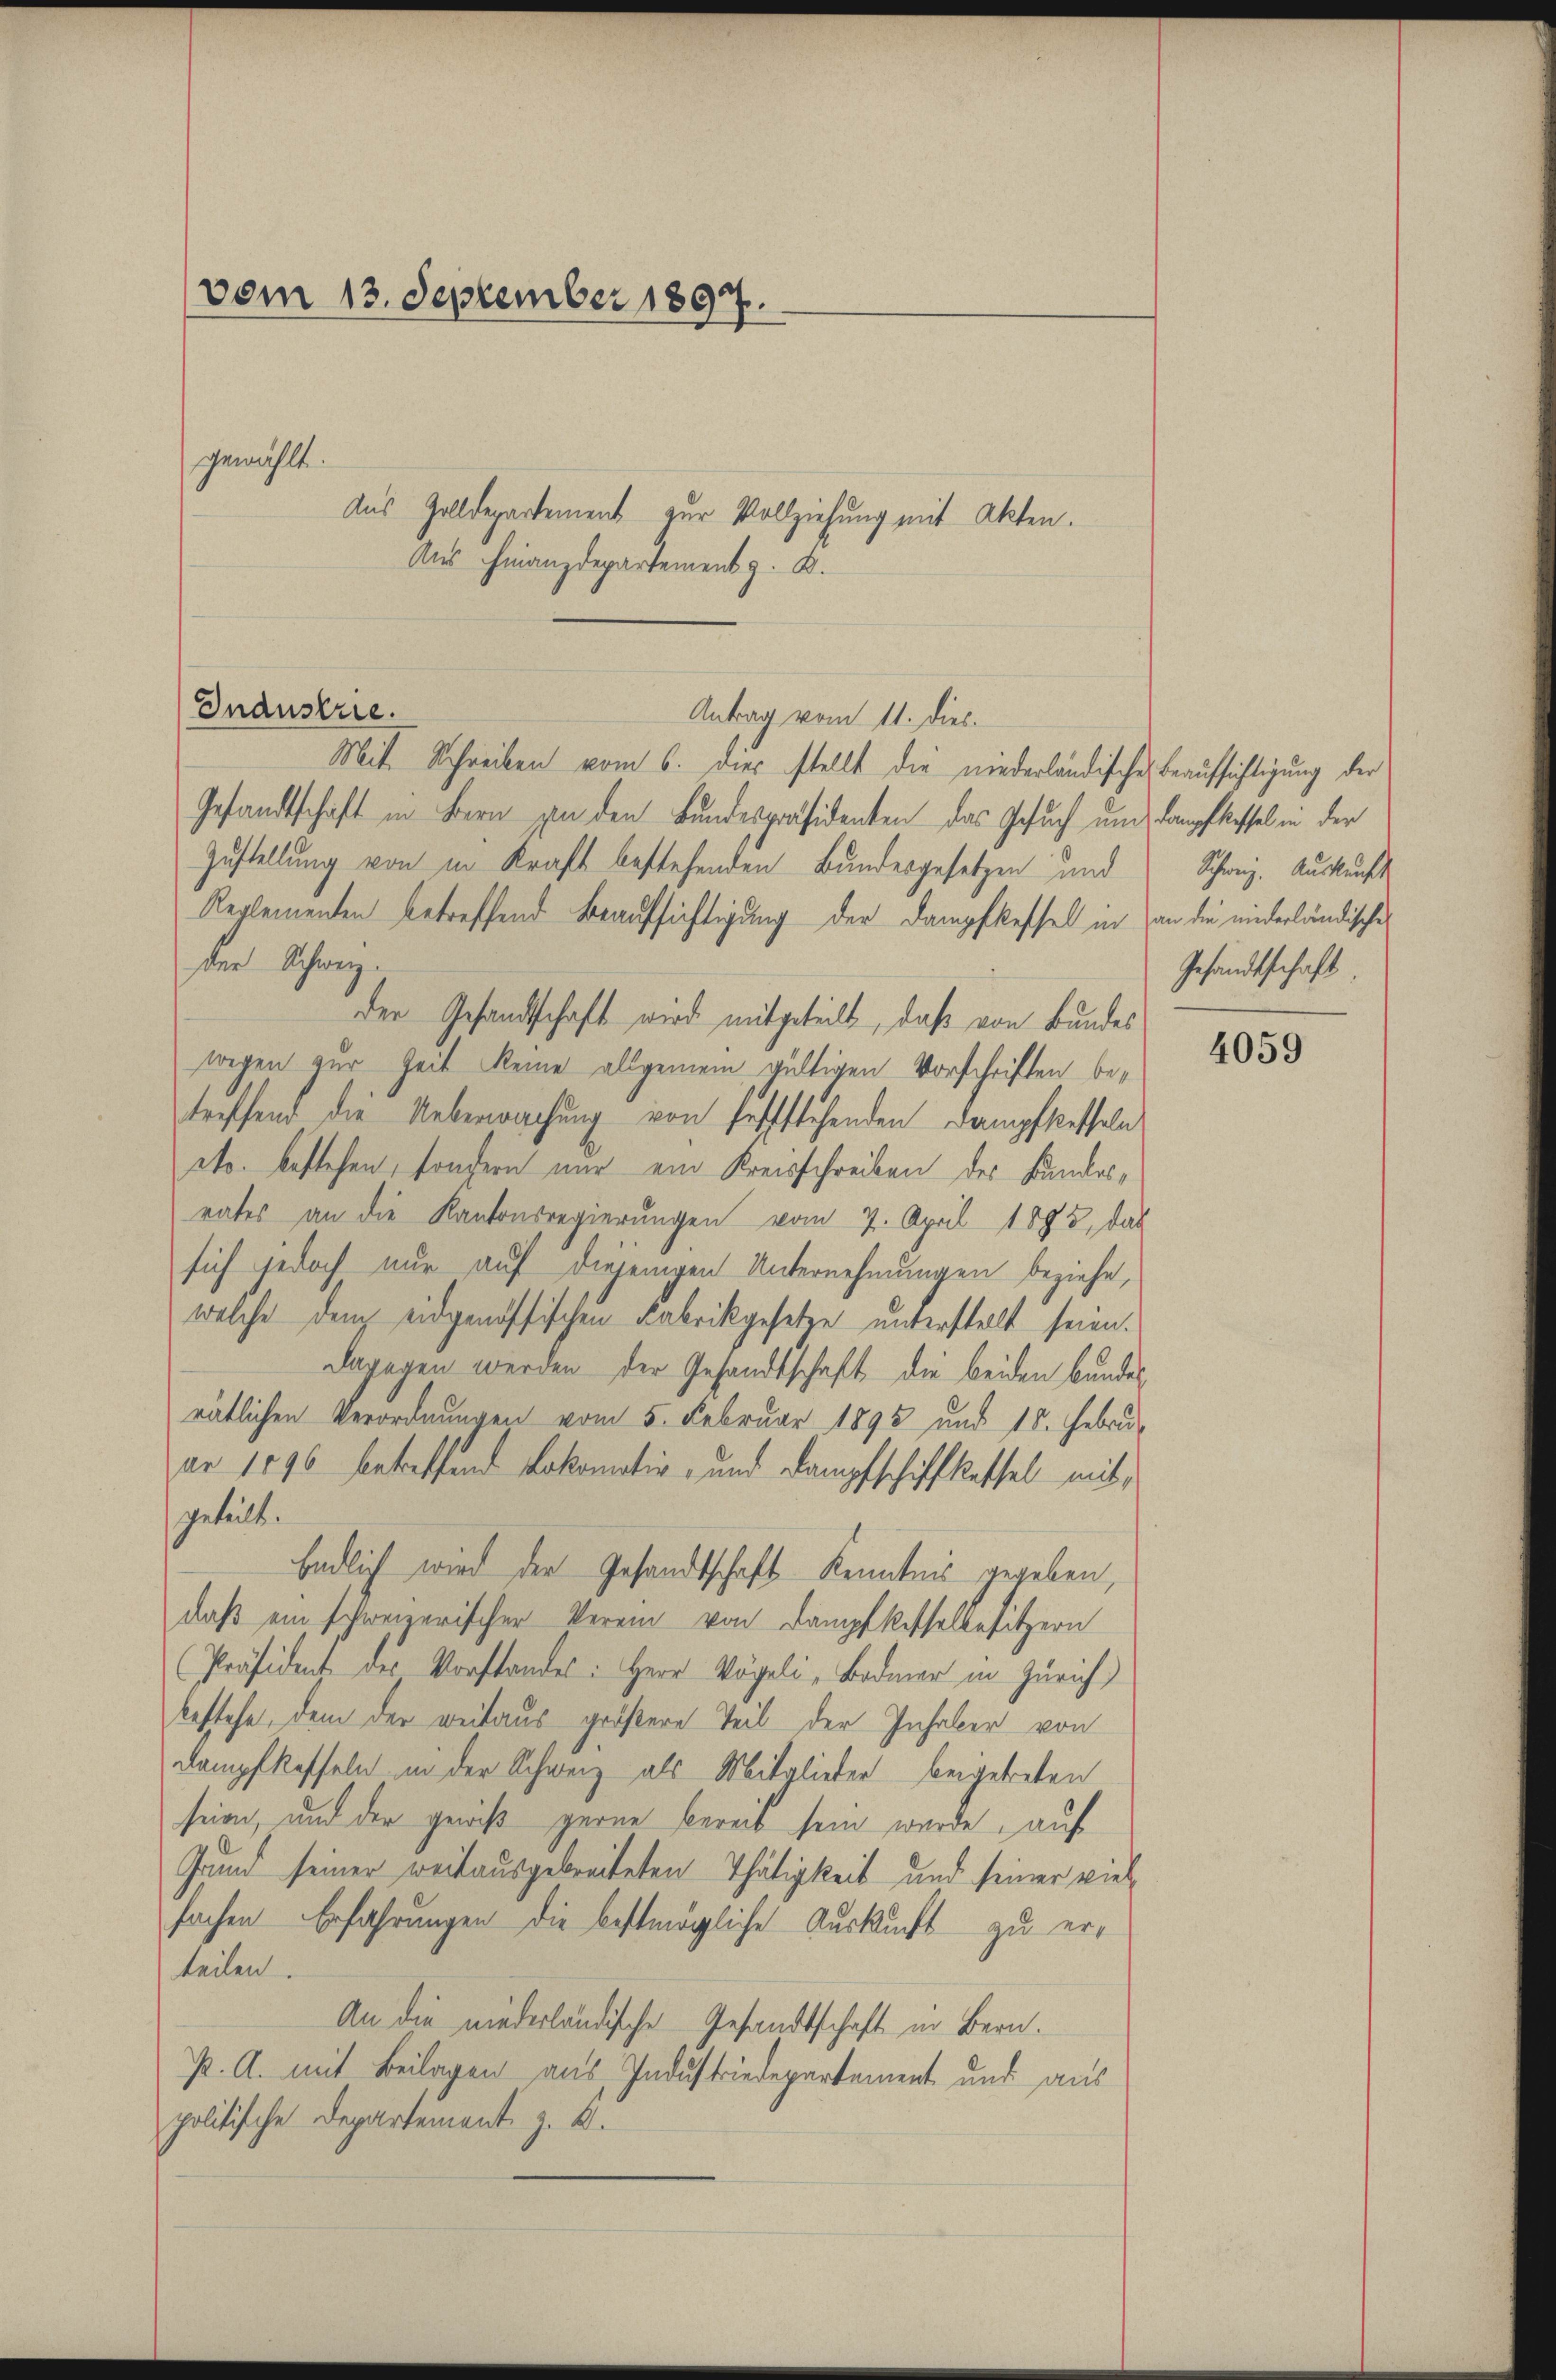
vom 13. September 1897.

gewählt.

Aus Zolldepartement zur Vollziehung mit Akten.
Aus Finanzdepartement z. B.

Gnaustrie.
Antrag vom 11. dies

Mit Schreiben vom 6. dies stellt die niederländischen Beaufsichtigung der
Gesandtschaft in Bern zu den Bundespräsidenten das Gesuch um Dampfkessel in der
Zustellung von in Kraft bestehenden Bundesgesetzen und Schweiz. Auskunft
Reglementen betreffend Beaufsichtigung der Dampfkessel in an die niederländische
der Schweiz.
der Gesandtschaft wird mitgeteilt, daß von Bundes
wegen zur Zeit keine allgemein gültigen Vorschriften betreffend die Ueberwachung von feststehenden Dampfkesseln
cto bestehen, sondern nur ein Kreisschreiben des Landesrates an die Kantonsregierungen vom 7. April 1893, das
sich jedoch nur auf diejenigen Unternehmungen beziehe,
welche dem eidgenössischen Fabrikgesetze unterstellt seien.
dagegen werden der Gesandtschaft die beiden Bundes
rätlichen Verordnungen vom 5. Februar 1893 und 15. Febru
ar 1896 betreffend Lokomotiv- und Dampfschiffkessel mitgeteilte.
Endlich wird der Gesandtschaft Kenntnis gegeben,
daß ein schweizerischer Verein von Dampfkesselbesitzern
Präsident des Vorstandes: Herr Vögeli Bodmer in Zürich)
bestehe, dem der weitaus größere Teil der Inhaber von
Kampfkoffeln in der Schweiz als Mitglieder beigetreten
seien, und der gewiß gerne bereit sein wurde, auf
Grund seiner weitausgebreiteten Thätigkeit und seiner viel
fachen Erfahrungen die bestmögliche Auskunft zu erteilen.
An die niederländische Gesandtschaft in Bern.
. A. mit Beilagen aus Industriedepartement und aus
politische Departement z. B.

Gesandtschaft

4059